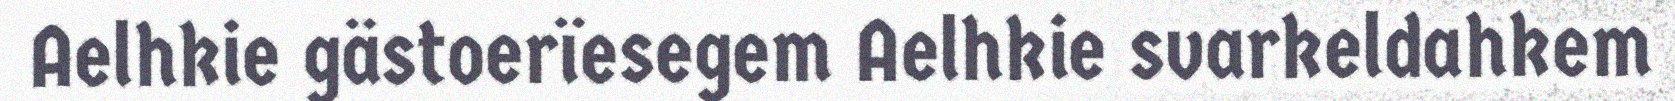
Aelhkie gästoerïesegem Aelhkie svarkeldahkem